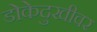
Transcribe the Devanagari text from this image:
डोकेदुखीवर